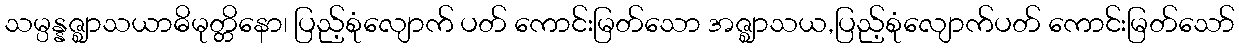
သမ္ပန္နဇ္ဈာသယာဓိမုတ္တိနော၊ ပြည့်စုံလျောက် ပတ် ကောင်းမြတ်သော အဇ္ဈာသယ,ပြည့်စုံလျောက်ပတ် ကောင်းမြတ်သော်